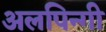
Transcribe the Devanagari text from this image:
अलपिन्गी